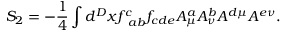
S _ { 2 } = - \frac { 1 } { 4 } \int d ^ { D } x f _ { \; \; a b } ^ { c } f _ { c d e } A _ { \mu } ^ { a } A _ { \nu } ^ { b } A ^ { d \mu } A ^ { e \nu } .